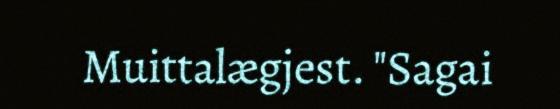
Muittalægjest. "Sagai